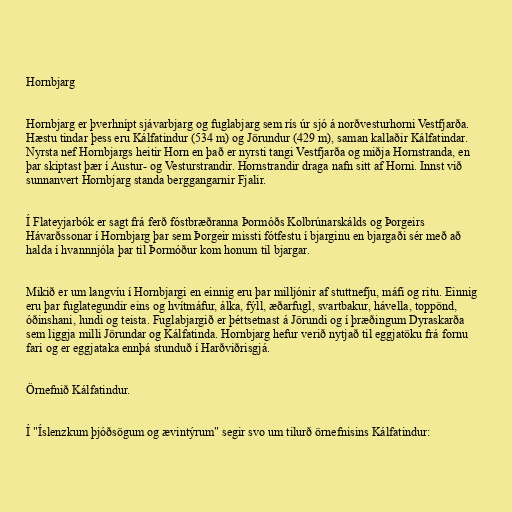
Hornbjarg

Hornbjarg er þverhnípt sjávarbjarg og fuglabjarg sem rís úr sjó á norðvesturhorni Vestfjarða.
Hæstu tindar þess eru Kálfatindur (534 m) og Jörundur (429 m), saman kallaðir Kálfatindar.
Nyrsta nef Hornbjargs heitir Horn en það er nyrsti tangi Vestfjarða og miðja Hornstranda, en
þar skiptast þær í Austur- og Vesturstrandir. Hornstrandir draga nafn sitt af Horni. Innst við
sunnanvert Hornbjarg standa berggangarnir Fjalir.

Í Flateyjarbók er sagt frá ferð fóstbræðranna Þormóðs Kolbrúnarskálds og Þorgeirs
Hávarðssonar í Hornbjarg þar sem Þorgeir missti fótfestu í bjarginu en bjargaði sér með að
halda í hvannnjóla þar til Þormóður kom honum til bjargar.

Mikið er um langvíu í Hornbjargi en einnig eru þar milljónir af stuttnefju, máfi og ritu. Einnig
eru þar fuglategundir eins og hvítmáfur, álka, fýll, æðarfugl, svartbakur, hávella, toppönd,
óðinshani, lundi og teista. Fuglabjargið er þéttsetnast á Jörundi og í þræðingum Dyraskarða
sem liggja milli Jörundar og Kálfatinda. Hornbjarg hefur verið nytjað til eggjatöku frá fornu
fari og er eggjataka ennþá stunduð í Harðviðrisgjá.

Örnefnið Kálfatindur.

Í "Íslenzkum þjóðsögum og ævintýrum" segir svo um tilurð örnefnisins Kálfatindur: